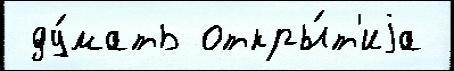
 ду́мать откры́т'иjа